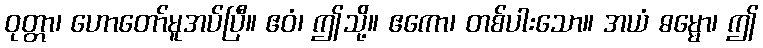
ဝုတ္တာ၊ ဟောတော်မူအပ်ပြီ။ ဧဝံ၊ ဤသို့။ ဧကော၊ တစ်ပါးသော။ အယံ ဓမ္မော၊ ဤ